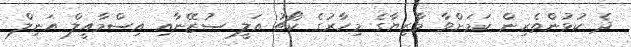
ދެ ކުޅުންތެރިން ކަމަށްވާ މާޒިޔާގެ މިހާރުގެ ކޯޗު އަލީ ސުޒޭނާއި އިސްމާއީލް އަނިލް